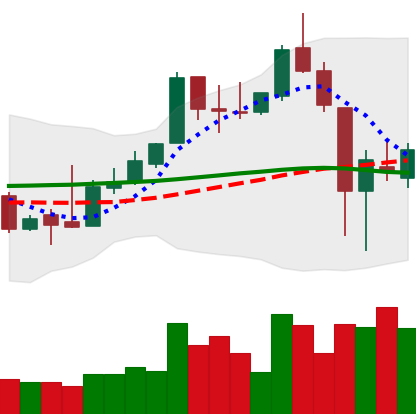
Ticker: XLM-USD
Chart end date: 2018-11-17
Forward return: -23.325%
Label: down_7plus